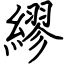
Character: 繆